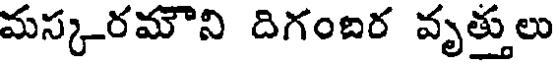
మస్కరమౌని దిగంబర వృత్తులు